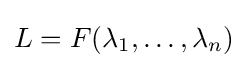
L=F(\lambda _{1},\ldots ,\lambda _{n})